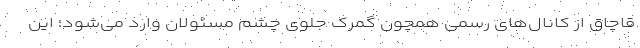
قاچاق از کانال‌های رسمی همچون گمرک جلوی چشم مسئولان وارد می‌شود؛ این